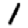
Digit: 1